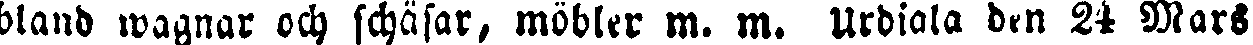
bland wagnar och schäsar, möbler m. m. Urdiala den 24 Mars